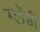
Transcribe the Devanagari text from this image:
ग्लॅडी